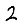
Digit: 2